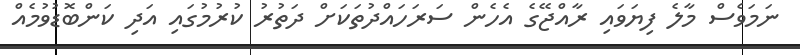
ނަމަވެސް މާލެ ފިޔަވައި ރާއްޖޭގެ އެހެން ސަރަހައްދުތަކަށް ދަތުރު ކުރުމުގައި އަދި ކަންބޮޑުވުމެއް